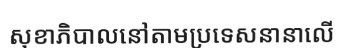
សុខាភិបាលនៅតាមប្រទេសនានាលើ